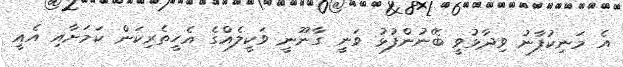
އެ މަނިކުފާނު ވިދާޅުވީ ބޭނުންފުޅު ވަނީ ގާނޫނީ ވަކީލެއްގެ އެހީތެރިކަން ކަމަށާއި އެއީ